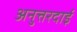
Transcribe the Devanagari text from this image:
अनुत्तरदाई